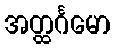
အတ္ထင်္ဂမော